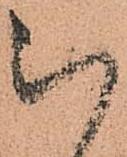
被